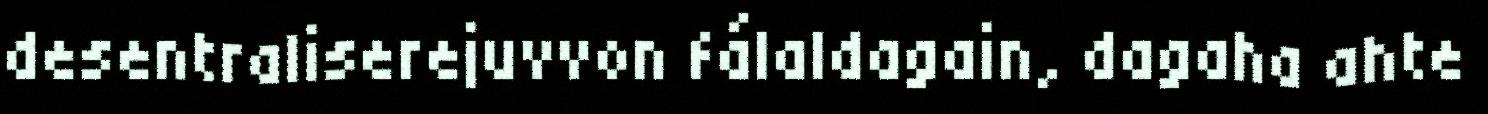
desentraliserejuvvon fálaldagain, dagaha ahte